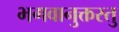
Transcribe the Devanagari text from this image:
भगवानुक्तस्तु